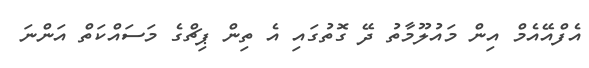
އެފްއޭއެމް އިން މައުލޫމާތު ދޭ ގޮތުގައި އެ ތިން ޕިޗްގެ މަސައްކަތް އަންނަ